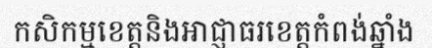
កសិកម្មខេត្តនិងអាជ្ញាធរខេត្តកំពង់ឆ្នាំង